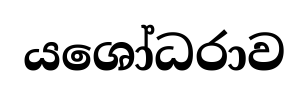
යශෝධරාව